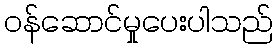
ဝန်ဆောင်မှုပေးပါသည်